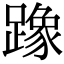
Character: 𫏡